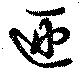
匝